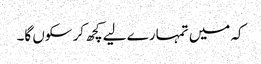
کہ میں تمہارے لیے کچھ کر سکوں گا۔